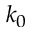
k _ { 0 }